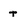
Character: t